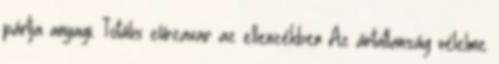
pártja anyagi. Totális zűrzavar az ellenzékben Az ártatlanság vélelme